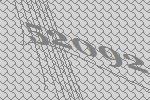
52092